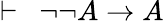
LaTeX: \vdash\ \ \lnot\lnot A\rightarrow A